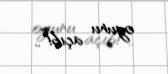
oyunu açıb!..